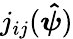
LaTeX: j_{ij}(\boldsymbol{\hat{\boldsymbol{\psi}}})